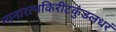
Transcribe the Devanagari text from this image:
नानारत्नकिरीटकुंडलधरं